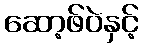
ဆော့ဖ်ဝဲနှင့်